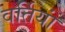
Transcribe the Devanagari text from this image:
वर्तियां